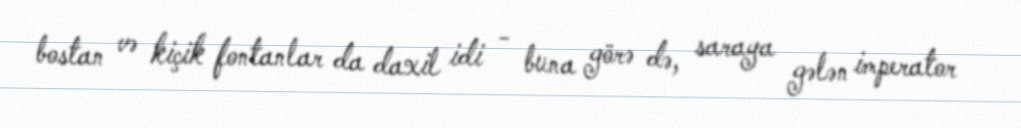
bostan və kiçik fontanlar da daxil idi - buna görə də, saraya gələn imperator